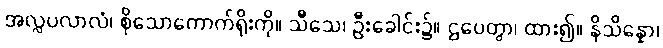
အလ္လပလာလံ၊ စိုသောကောက်ရိုးကို။ သီသေ၊ ဦးခေါင်း၌။ ဌပေတွာ၊ ထား၍။ နိသိန္နော၊